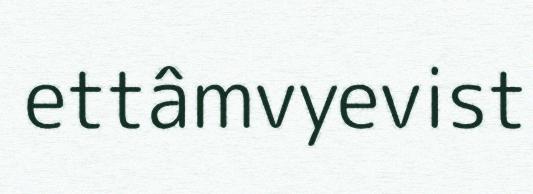
ettâmvyevist